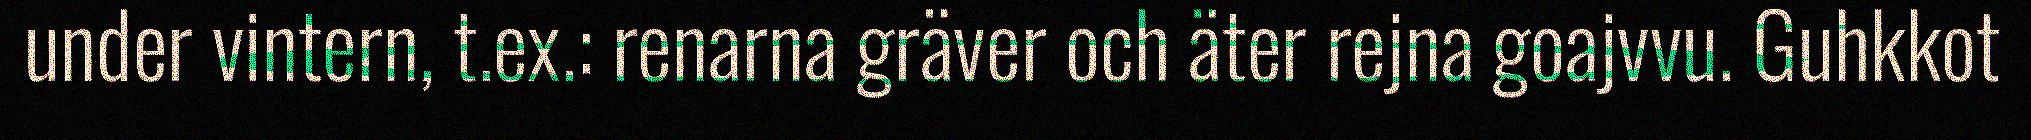
under vintern, t.ex.: renarna gräver och äter rejna goajvvu. Guhkkot